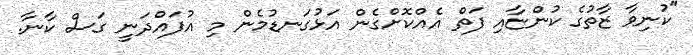
"ކުނިވާ ޒާތުގެ ކުންޏާއި ފަތް އެއްކޮށްގެން އަޅުގަނޑުމެން މި އުފައްދަނީ ގަސް ކާނާ.